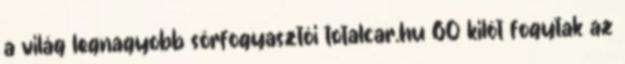
a világ legnagyobb sörfogyasztói totalcar.hu 60 kilót fogytak az